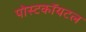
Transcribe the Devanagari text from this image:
पोस्टकॉयटल